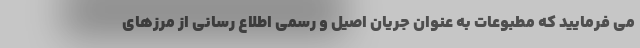
می فرمایید که مطبوعات به عنوان جریان اصیل و رسمی اطلاع رسانی از مرزهای